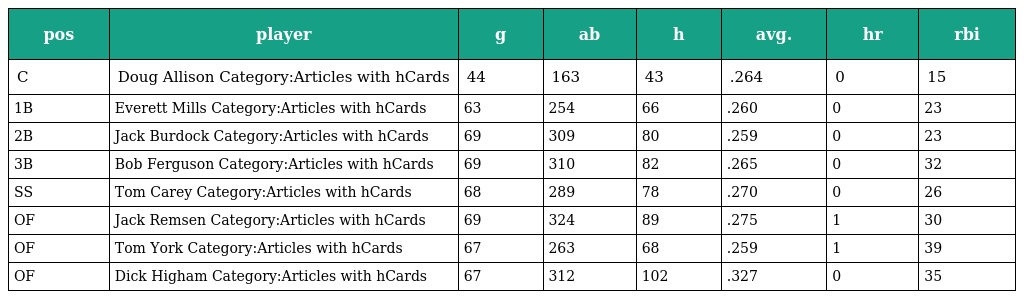
| pos | player | g | ab | h | avg. | hr | rbi |
 | --- | --- | --- | --- | --- | --- | --- | --- |
 | C | Doug Allison Category:Articles with hCards | 44 | 163 | 43 | .264 | 0 | 15 |
 | 1B | Everett Mills Category:Articles with hCards | 63 | 254 | 66 | .260 | 0 | 23 |
 | 2B | Jack Burdock Category:Articles with hCards | 69 | 309 | 80 | .259 | 0 | 23 |
 | 3B | Bob Ferguson Category:Articles with hCards | 69 | 310 | 82 | .265 | 0 | 32 |
 | SS | Tom Carey Category:Articles with hCards | 68 | 289 | 78 | .270 | 0 | 26 |
 | OF | Jack Remsen Category:Articles with hCards | 69 | 324 | 89 | .275 | 1 | 30 |
 | OF | Tom York Category:Articles with hCards | 67 | 263 | 68 | .259 | 1 | 39 |
 | OF | Dick Higham Category:Articles with hCards | 67 | 312 | 102 | .327 | 0 | 35 |